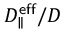
D _ { \parallel } ^ { \mathsf { e f f } } / D